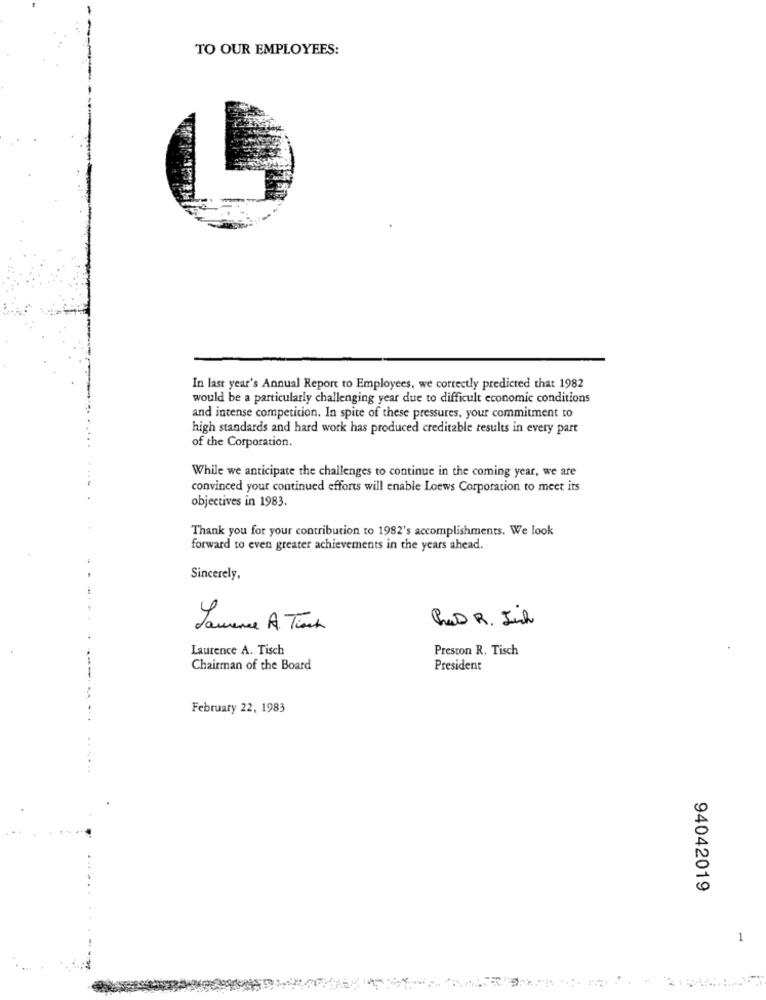
TO OUR EMPLOYEES:
In last year's Annual Report to Employees, we correctly predicted that 1982
would be a particularly challenging year due to difficult economic conditions
and intense competition. In spite of these pressures, your commitment to
high standards and hard work has produced creditable results in every part
of the Corporation.
While we anticipate the challenges to continue in the coming year, we are
convinced your continued efforts will enable Loews Corporation to meet its
objectives in 1983.
Thank you for your contribution to 1982's accomplishments. We look
forward to even greater achievements in the years ahead.
Sincerely,
Pad R. Jich
Laurence A. Tisch
Preston R. Tisch
Chairman of the Board
President
---
February 22, 1983
94042019
1